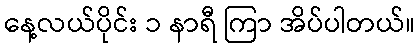
နေ့လယ်ပိုင်း ၁ နာရီ ကြာ အိပ်ပါတယ်။